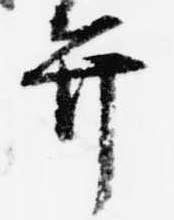
弁